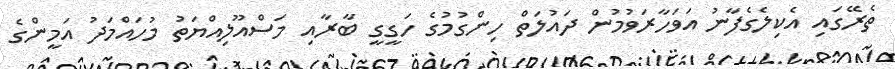
ތެރޭގައި އެކިލެގެފާނު އަވަހާރަވުމުން ދައުލަތް ހިންގުމުގެ ހަގީގީ ބާރާއި މަސްއޫލިއްޔަތު މުހައްމަދު އަމީންގެ